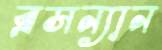
ব্রসন্যান